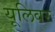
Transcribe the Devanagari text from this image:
यूलिवर